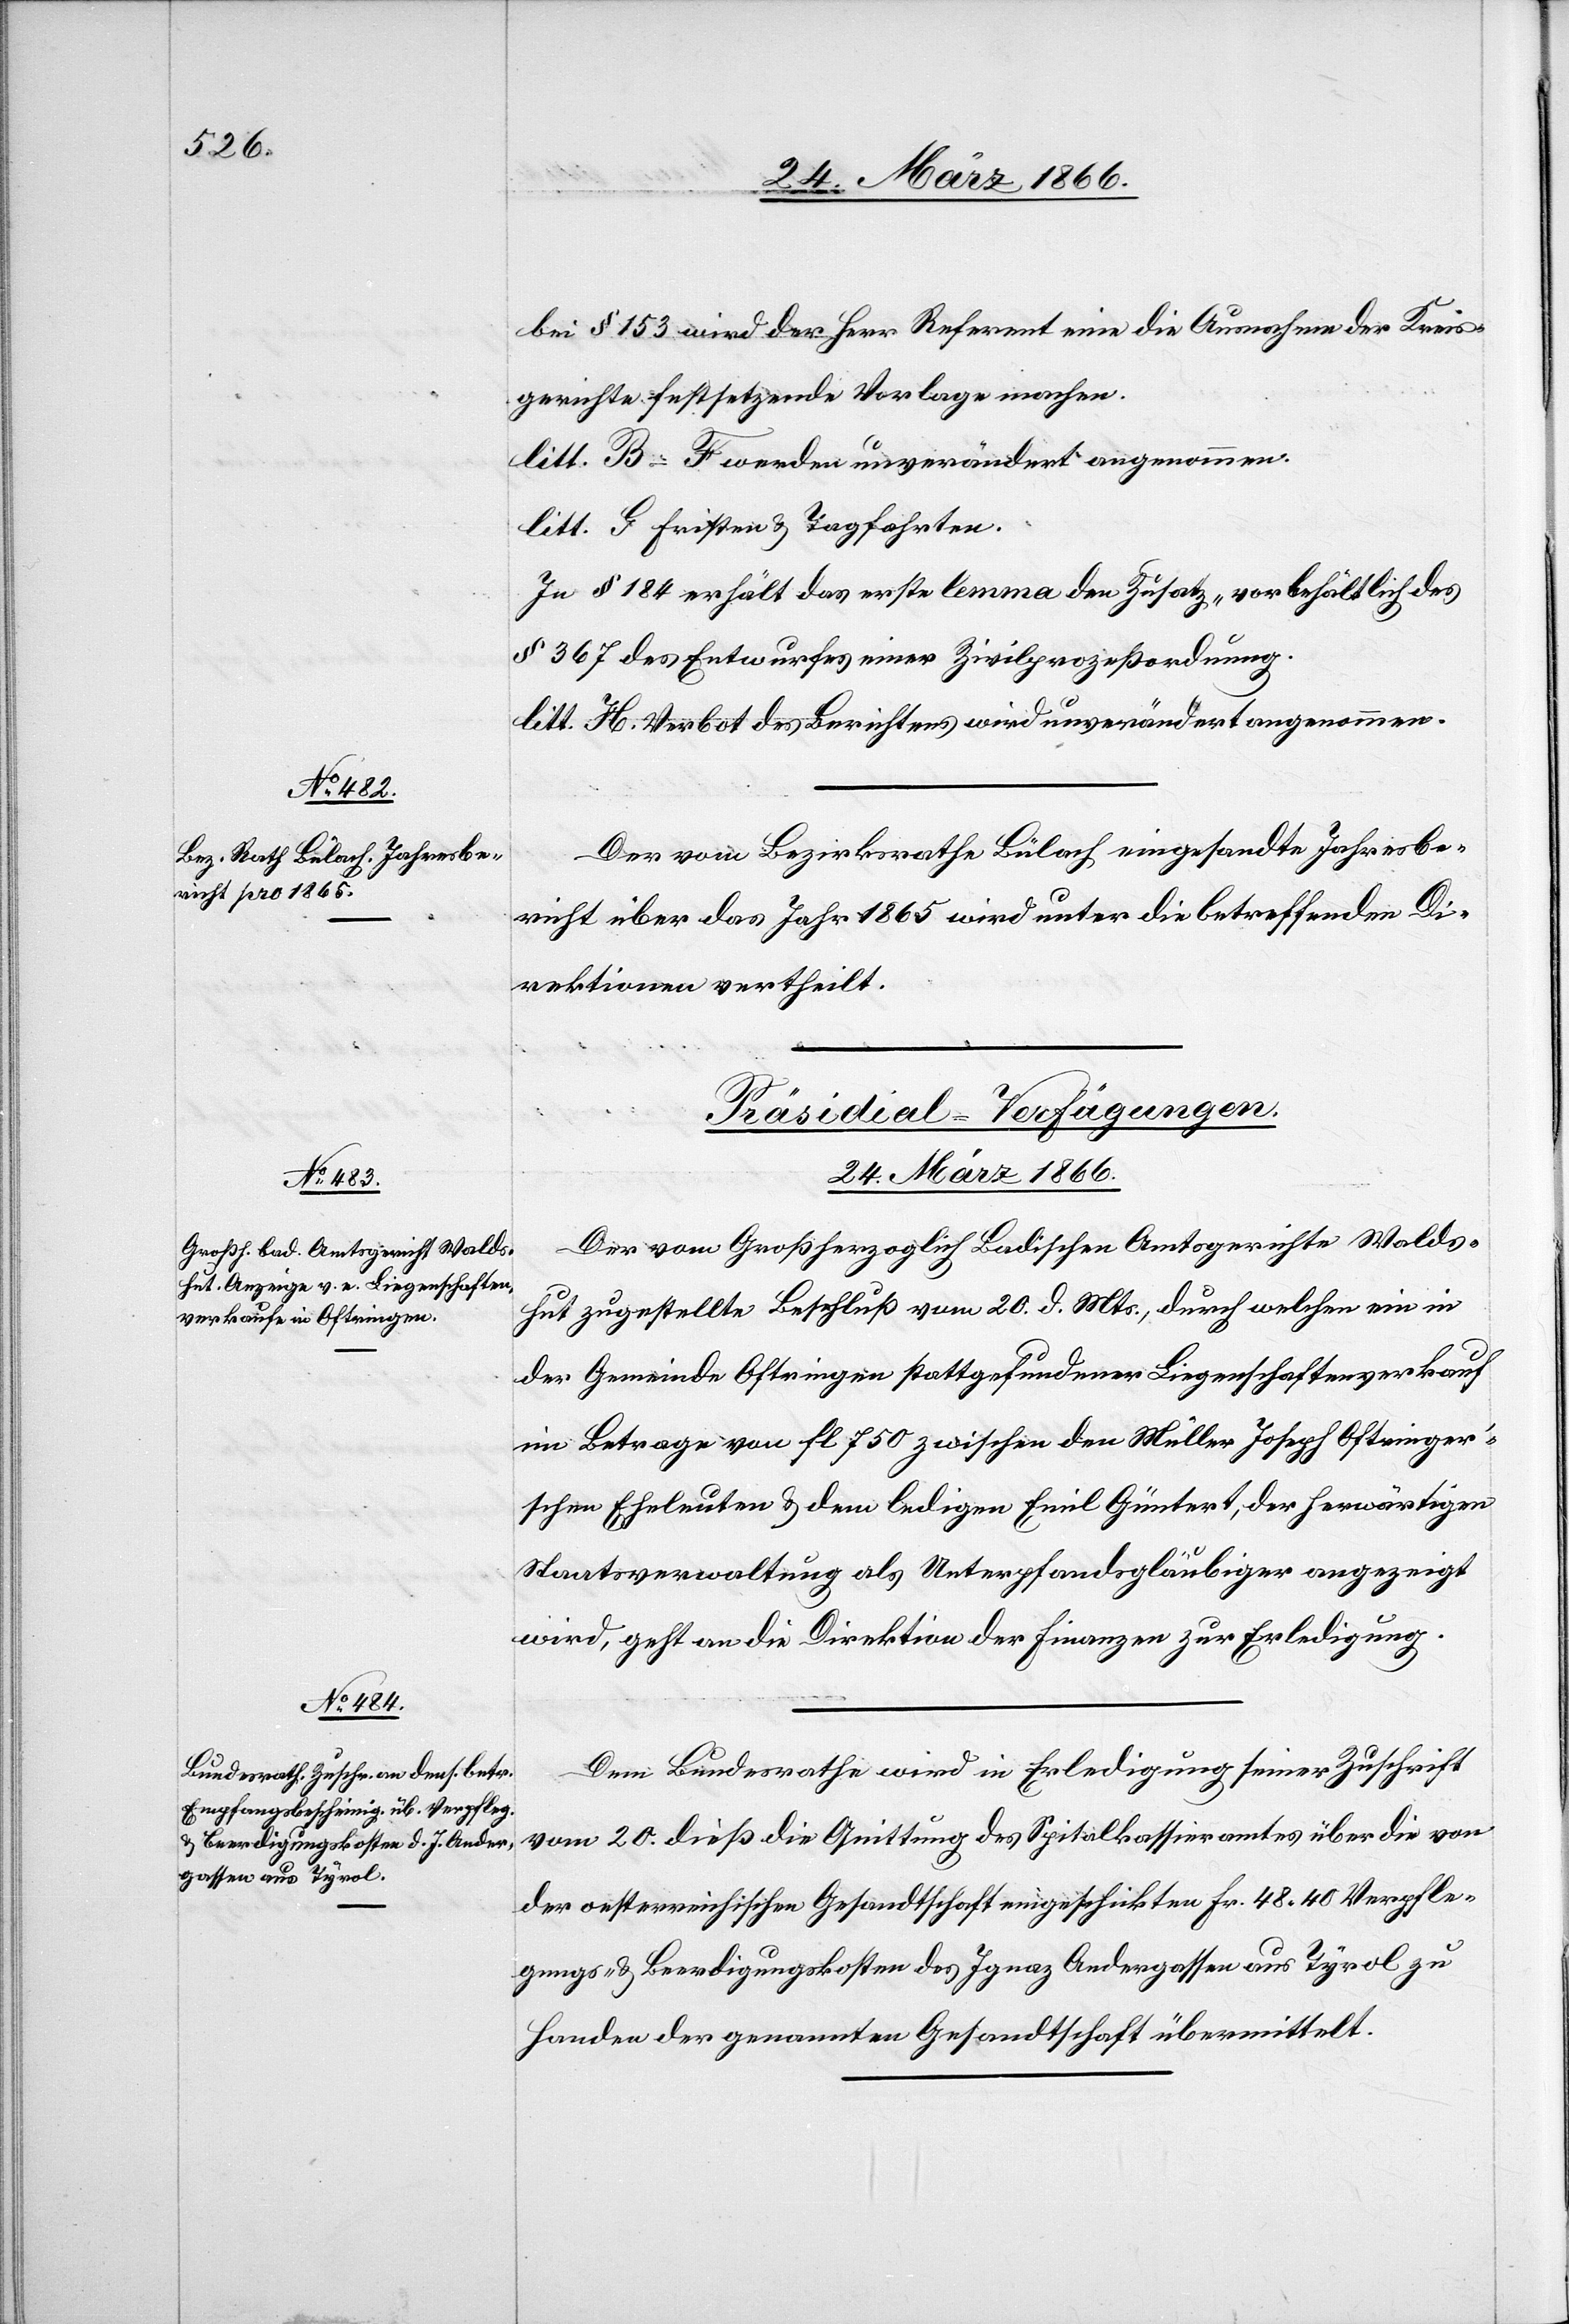
bei § 153 wird der Herr Referent eine die Ausnahme der Kreis¬
gerichte festsetzende Vorlage machen.
litt. B–F werden unverändert angenommen.
litt. G Fristen u. Tagfahrten.
In § 184 erhält das erste lemma den Zusatz „vorbehältlich des
§ 376 des Entwurfes einer Zivilprozeßordnung.[“]
litt. H. Verbot des Berichtens wird unverändert angenommen.
Der vom Bezirksrathe Bülach eingesandte Jahresbe¬
richt über das Jahr 1865 wird unter die betreffenden Di¬
rektionen vertheilt.
[Präsidial-Verfügungen.
24. März 1866.]
Der vom Großherzoglich Badischen Amtsgerichte Walds¬
hut zugestellte Beschluß vom 20. d. Mts., durch welchen ein in
der Gemeinde Oftringen stattgefundener Liegenschaftenverkauf
im Betrage von fl 750 zwischen den Müller Joseph Oftringer’s¬
chen Eheleuten u. dem ledigen Emil Güntert, der herwärtigen
Staatsverwaltung als Unterpfandsgläubiger angezeigt
wird, geht an die Direktion der Finanzen zur Erledigung.
Dem Bundesrathe wird in Erledigung seiner Zuschrift
vom 20. dieß die Quittung des Spitalkassieramtes über die von
der oesterreichischen Gesandtschaft eingeschickten fr. 48,40 Verpfle¬
gungs- u. Beerdigungskosten des Ignaz Andergassen aus Tyrol zu
Handen der genannten Gesandtschaft übermittelt.